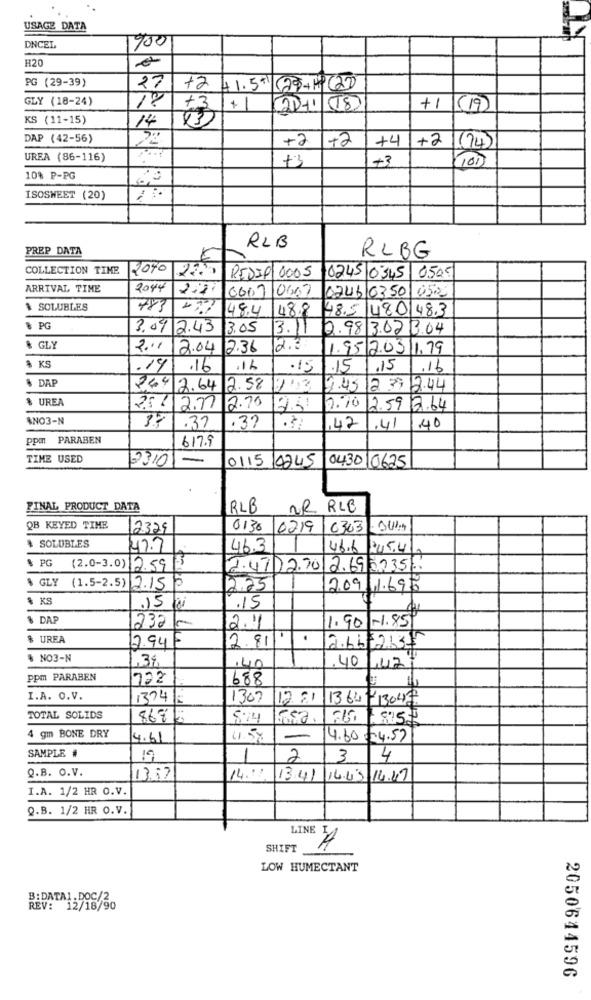
USAGE DATA
700
DNCEL
H20
PG (29-39)
27
+2 4 1.5 29-HPC27
GLY (18-24)
18
+3
+ 1
20+1 (18)
+1
(19)
KS (11-15)
14
83)
DAP (42-56)
+2
+2
+4
+2
1(74)
UREA (86-116)
+3
+3
(100
10% P-PG
ISOSWEET (20)
RLB
PREP DATA
RLBG
COLLECTION TIME
2010
2200 REDID 0005
10245 0345 0505
ARRIVAL TIME
2044
0007 0667
0246/0350 052
$ SOLUBLES
773
48.4
48.8
48.5 4801483
& PG
3.07 2.43
3.05
3.11
9813.02 0.04
& GLY
2.11
2.04 2.36
2.
1952.0311.79
$ KS
.14 .16
.1L
.15
.15
.16
$ DAP
2442.64
2.58
2.45 12 39 12.44
% UREA
2.5 / 2.7
2.70
0.70
2.59 7.64
ANO3-N
40
37
.37
.37
42
,41
ppm PARABEN
617.9
TIME USED
23/01
-
0115 4245
043010625
FINAL PRODUCT DATA
RLB
NR RLE
QB KEYED TIME
2329
0130
0219 0303 -345
$ SOLUBLES
47.7
46.3
46.6 205.4
$ PG
(2.0-3.0) 12.5913
2.4702.70 12.695735.
% GLY (1.5-2.5) 2.15%
12.25
2.09.11.695
$ KS
.15
$ DAP
2.1
1.90 -1.85
232 -
$ UREA
2.94 F
2.81
.
2.66 2131
% NO3-N
,40
.40/42/
ppm PARABEN
722
688
I.A. O.V.
1324
1307
12.81
13647-13047
TOTAL SOLIDS
867:
5:14
4 gm BONE DRY
4.61
4.5%
-
4.60 4.57
SAMPLE #
19
1
2
3
4
Q.B. O.V.
13.17
14."
13.41
14.43 14.47
I.A. 1/2 HR O.V.
Q.B. 1/2 HR O.V.
LINE
SHIFT
LOW HUMECTANT
B:DATA1.DOC/2
REV: 12/18/90
2050644596